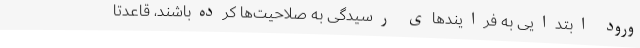
ورود ابتدایی به فرایندهای رسیدگی به صلاحیت‌ها کرده‌باشند، قاعدتا